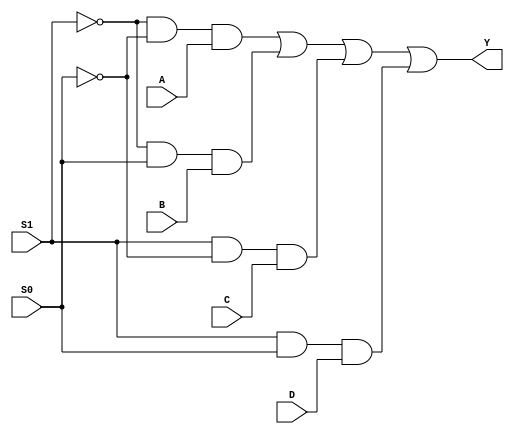
`timescale 1ns / 1ps
//////////////////////////////////////////////////////////////////////////////////
// Company: 
// Engineer: 
// 
// Design Name: 
// Module Name: multiplexer
// Project Name: 
// Target Devices: 
// Tool Versions: 
// Description: 
// 
// Dependencies: 
// 
// Revision:
// Revision 0.01 - File Created
// Additional Comments:
// 
//////////////////////////////////////////////////////////////////////////////////


module multiplexer(Y,A,B,C,D,S0,S1);
input A,B,C,D;
input S0,S1;
output Y;

assign Y=(~S1 & ~S0 & A) |
           (~S1 & S0 & B) |
           (S1 & ~S0 & C) |
            (S1 & S0 & D) ;
    
endmodule